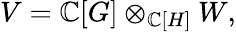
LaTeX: V=\mathbb{C}[G]\otimes_{\mathbb{C}[H]}W,